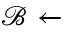
\mathcal { B } \leftarrow